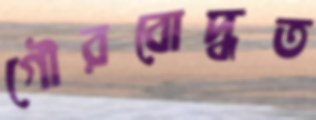
গৌরবোদ্ধত